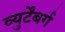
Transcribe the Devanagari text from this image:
व्युर्टेंबर्ग